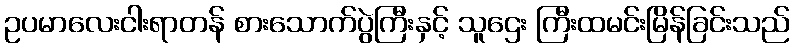
ဥပမာလေးငါးရာတန် စားသောက်ပွဲကြီးနှင့် သူဌေး ကြီးထမင်းမြိန်ခြင်းသည်